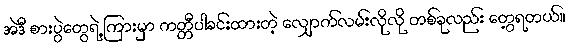
အဲဒီ စားပွဲတွေရဲ့ ကြားမှာ ကတ္တီပါခင်းထားတဲ့ လျှောက်လမ်းလိုလို တစ်ခုလည်း တွေ့ရတယ်။